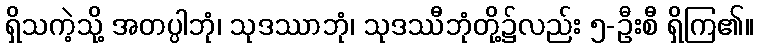
ရှိသကဲ့သို့ အတပ္ပါဘုံ၊ သုဒဿာဘုံ၊ သုဒဿီဘုံတို့၌လည်း ၅-ဦးစီ ရှိကြ၏။